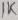
Text: 1K